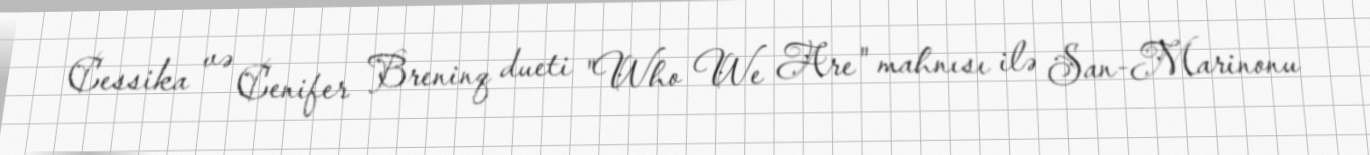
Cessika və Cenifer Breninq dueti "Who We Are" mahnısı ilə San-Marinonu